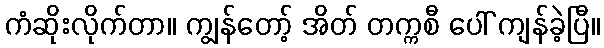
ကံဆိုးလိုက်တာ။ ကျွန်တော့် အိတ် တက္ကစီ ပေါ် ကျန်ခဲ့ပြီ။